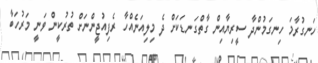
ހަނގުރާމަ ހިނގަމުންދާ ސީރިޔާއިން ގާތްގަނޑަކަށް ދެ މިލިއަނެއްހާ ރެފިއުޖީންނަށް ތުރުކީން ވަނީ މަރުހަބާ